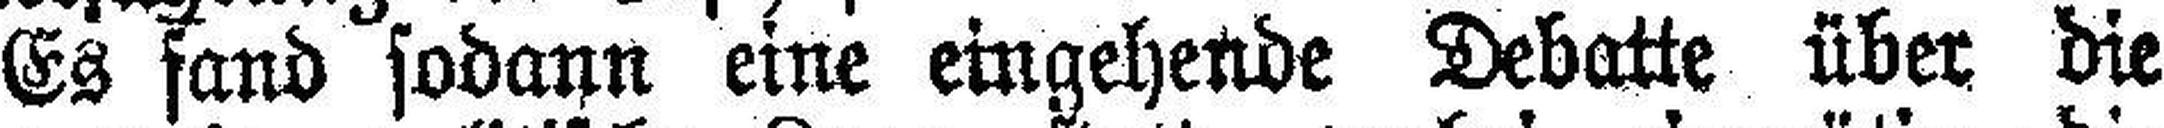
Es fand sodann eine eingehende Debatte über die